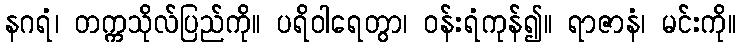
နဂရံ၊ တက္ကသိုလ်ပြည်ကို။ ပရိဝါရေတွာ၊ ဝန်းရံကုန်၍။ ရာဇာနံ၊ မင်းကို။